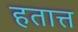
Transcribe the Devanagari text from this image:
हतात्त